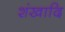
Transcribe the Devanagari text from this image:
शंखादि